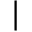
\mid